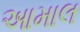
આમાલ